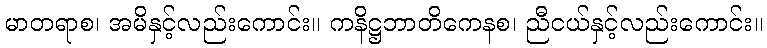
မာတရာစ၊ အမိနှင့်လည်းကောင်း။ ကနိဋ္ဌဘာတိကေနစ၊ ညီငယ်နှင့်လည်းကောင်း။